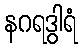
နဂရဒွါရံ